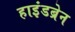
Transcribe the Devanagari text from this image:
हाइंडब्रेन